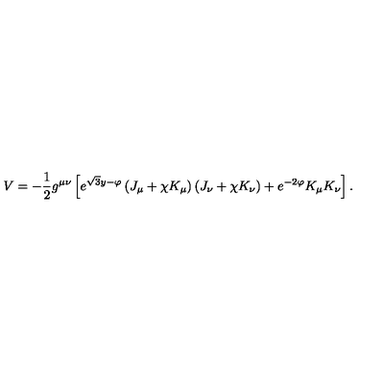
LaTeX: V = - \frac { 1 } { 2 } g ^ { \mu \nu } \left[ e ^ { \sqrt { 3 } y - \varphi } \left( J _ { \mu } + \chi K _ { \mu } \right) \left( J _ { \nu } + \chi K _ { \nu } \right) + e ^ { - 2 \varphi } K _ { \mu } K _ { \nu } \right] .